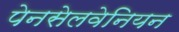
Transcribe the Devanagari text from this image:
पेनसेलवेनियन